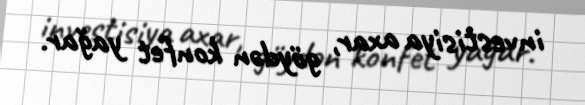
investisiya axar, göydən konfet yağar.